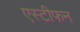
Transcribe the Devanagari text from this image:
एस्टीफन